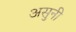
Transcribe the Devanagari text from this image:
असुनी